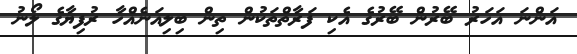
އަންނަ އަހަރު ބޭރުން ބޭރުގެ އެކި ފަރާތްތަކުން ތިން ބިލިއަނެއްހާ ރުފިޔާގެ ލޯނު